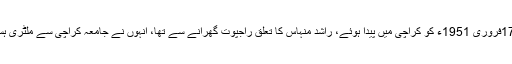
پاک فضائیہ کے جانباز پائلٹ راشد منہاس 17فروری 1951ء کو کراچی میں پیدا ہوئے، راشد منہاس کا تعلق راجپوت گھرانے سے تھا، انہوں نے جامعہ کراچی سے ملٹری ہسٹری اینڈ ایوی ایشن ہسٹری میں ماسٹرز کیا۔